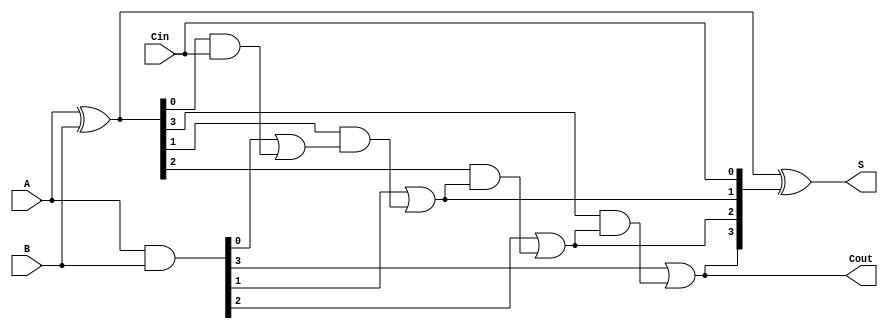
module LingAdder #(parameter n = 4) (
    input  wire [n-1:0] A,     // First input operand
    input  wire [n-1:0] B,     // Second input operand
    input  wire Cin,           // Carry-in
    output wire [n-1:0] S,     // Sum output
    output wire Cout           // Carry-out
);

    wire [n-1:0] P;            // Propagate signals
    wire [n-1:0] G;            // Generate signals
    wire [n:0] C;              // Carry signals

    // Generate and propagate signals
    assign G = A & B;          // G[i] = A[i] AND B[i]
    assign P = A ^ B;          // P[i] = A[i] XOR B[i]

    // Carry generation logic
    assign C[0] = G[0] | (P[0] & Cin); // Cout[0] = G[0] OR (P[0] AND Cin)
    
    genvar i;
    generate
        for (i = 1; i < n; i = i + 1) begin : carry_generation
            assign C[i] = G[i] | (P[i] & C[i-1]); // Cout[i] = G[i] OR (P[i] AND Cout[i-1])
        end
    endgenerate

    assign Cout = C[n-1]; // Final carry-out
     
    // Sum calculation
    assign S = P ^ {C[n-1:1], Cin}; // S[i] = P[i] XOR Carry[i]

endmodule